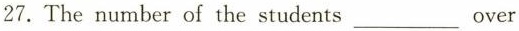
27. The number of the students___over